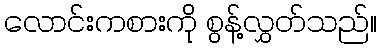
လောင်းကစားကို စွန့်လွှတ်သည်။